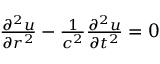
\begin{array} { r } { \frac { \partial ^ { 2 } u } { \partial r ^ { 2 } } - \frac { 1 } { c ^ { 2 } } \frac { \partial ^ { 2 } u } { \partial t ^ { 2 } } = 0 } \end{array}